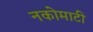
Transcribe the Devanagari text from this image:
नकोमाटी